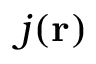
j ( \mathbf { r } )